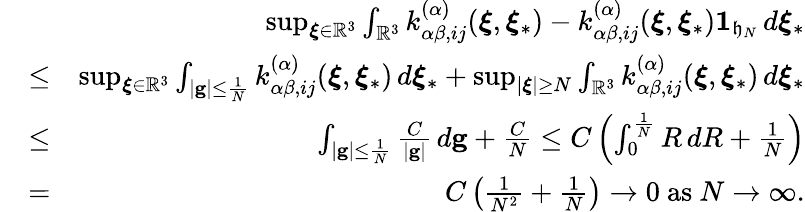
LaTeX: \begin{array}{rlr}&{}&{\operatorname*{sup}_{\boldsymbol{\xi}\in\mathbb{R}^{3}}\int_{\mathbb{R}^{3}}k_{\alpha\beta,ij}^{\left(\alpha\right)}(\boldsymbol{\xi},\boldsymbol{\xi}_{\ast})-k_{\alpha\beta,ij}^{\left(\alpha\right)}(\boldsymbol{\xi},\boldsymbol{\xi}_{\ast})\mathbf{1}_{\mathfrak{h}_{N}}\, d\boldsymbol{\xi}_{\ast}}\\ &{\leq}&{\operatorname*{sup}_{\boldsymbol{\xi}\in\mathbb{R}^{3}}\int_{\left\vert\mathbf{g}\right\vert\leq\frac{1}{N}}k_{\alpha\beta,ij}^{\left(\alpha\right)}(\boldsymbol{\xi},\boldsymbol{\xi}_{\ast})\, d\boldsymbol{\xi}_{\ast}+\operatorname*{sup}_{\left\vert\boldsymbol{\xi}\right\vert\geq N}\int_{\mathbb{R}^{3}}k_{\alpha\beta,ij}^{\left(\alpha\right)}(\boldsymbol{\xi},\boldsymbol{\xi}_{\ast})\, d\boldsymbol{\xi}_{\ast}}\\ &{\leq}&{\int_{\left\vert\mathbf{g}\right\vert\leq\frac{1}{N}}\frac{C}{\left\vert\mathbf{g}\right\vert}\, d\mathbf{g}+\frac{C}{N}\leq C\left(\int_{0}^{\frac{1}{N}}R\, dR+\frac{1}{N}\right)}\\ &{=}&{C\left(\frac{1}{N^{2}}+\frac{1}{N}\right)\rightarrow 0\mathrm{~as~}N\rightarrow\infty\mathrm{.}}\end{array}